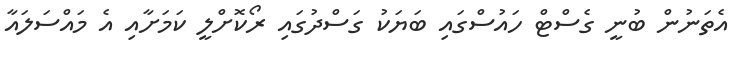
އެތަނުން ބުނީ ގެސްޓް ހައުސްގައި ބަޔަކު ގަސްދުގައި ރޯކޮށްލީ ކަމަށާއި އެ މައްސަލައާ